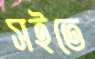
সইতে